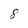
Character: 8